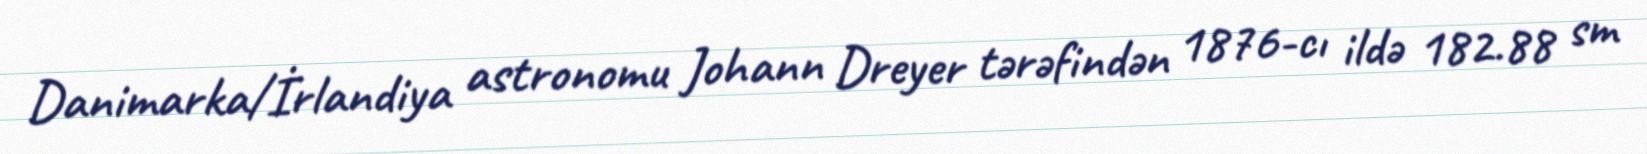
Danimarka/İrlandiya astronomu Johann Dreyer tərəfindən 1876-cı ildə 182.88 sm